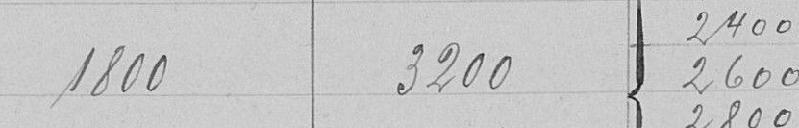
1800 3200